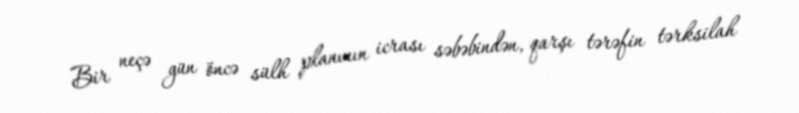
Bir neçə gün öncə sülh planının icrası səbəbindən, qarşı tərəfin tərksilah